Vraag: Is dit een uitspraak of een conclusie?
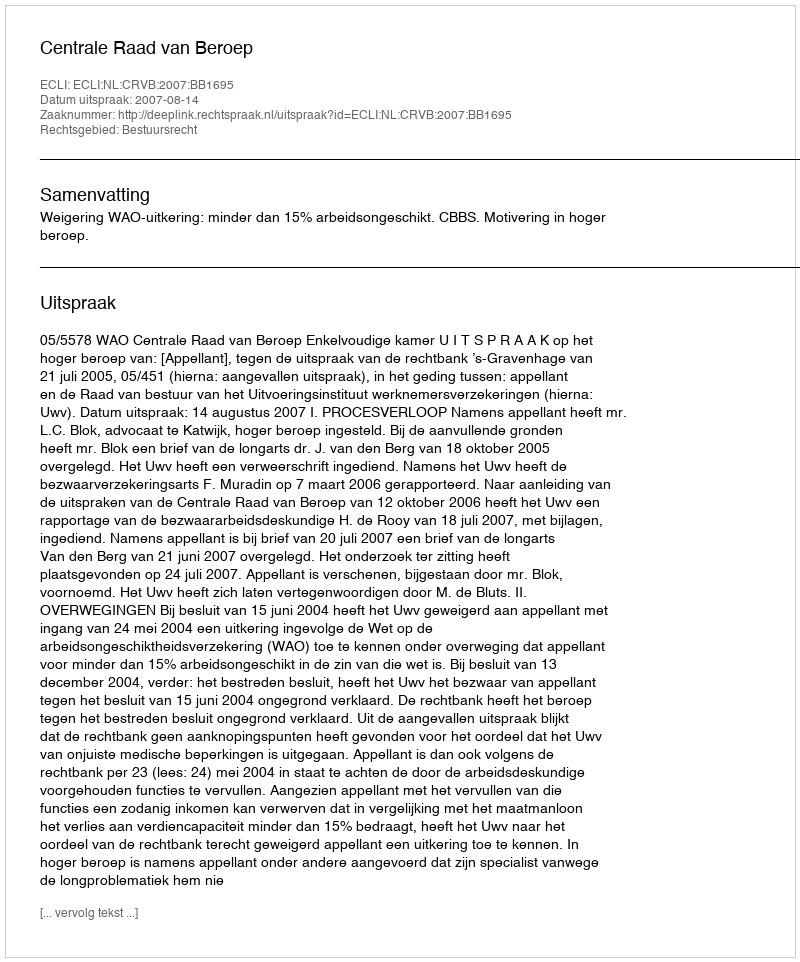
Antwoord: Uitspraak